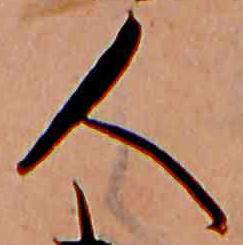
人